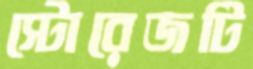
স্টোরেজটি